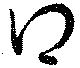
得